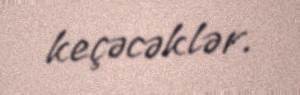
keçəcəklər.